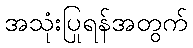
အသုံးပြုရန်အတွက်